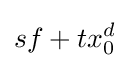
sf+tx_{0}^{d}